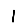
Digit: 1